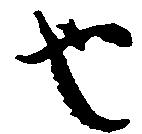
也